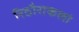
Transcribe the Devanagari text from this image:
रिठौराकलां